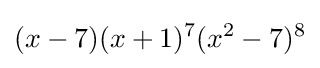
(x-7)(x+1)^{7}(x^{2}-7)^{8}